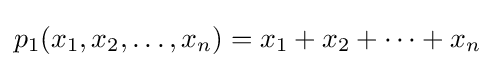
p_{1}(x_{1},x_{2},\dots ,x_{n})=x_{1}+x_{2}+\cdots +x_{n}